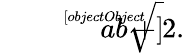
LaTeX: {\sqrt[[objectObject]]{ab+2}}.